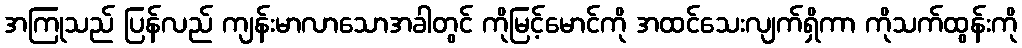
အကြုသည် ပြန်လည် ကျန်းမာလာသောအခါတွင် ကိုမြင့်မောင်ကို အထင်သေးလျက်ရှိကာ ကိုသက်ထွန်းကို